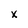
Character: x